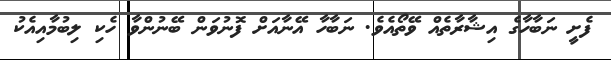
ފެށީ ނަބާހާގެ އިޝާރާތެއް ވޭތޯއެވެ. ނަބާހާ އޭނާއަށް ފޮނުވަން ބޭނުންވާ ހެކި ލިބުމާއިއެކު